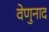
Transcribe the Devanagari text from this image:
वेणुनाद